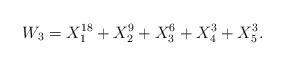
LaTeX: \begin{align*}W_{3} = X_{1}^{18}+X_{2}^{9}+X_{3}^{6}+X_{4}^{3}+X_{5}^{3}.\end{align*}